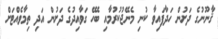
ޤާނޫނުގެ ދަށުން ހަދާފައިވާ ކުނި މެނޭޖުކުރުމާއި ބެހޭ ގަވާއިދުގެ ދަށުން އަދި ތިމާވެއްޓަށް